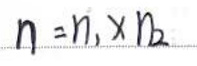
$n = n _ { 1 } \times n _ { 2 }$